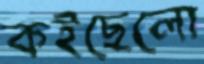
কইছেলো